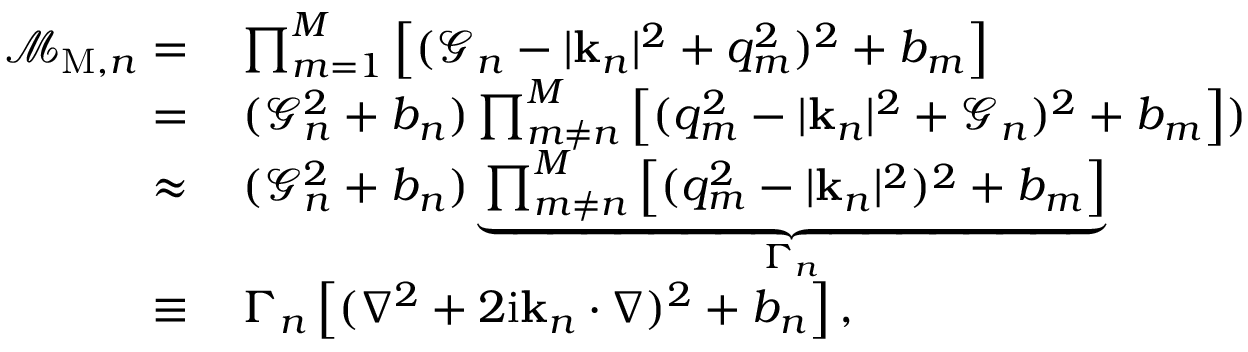
\begin{array} { r l } { \mathcal { M } _ { \mathrm { M } , n } = } & { { } \prod _ { m = 1 } ^ { M } \left[ ( \mathcal { G } _ { n } - | \mathbf { k } _ { n } | ^ { 2 } + q _ { m } ^ { 2 } ) ^ { 2 } + b _ { m } \right] } \\ { = } & { { } \, ( \mathcal { G } _ { n } ^ { 2 } + b _ { n } ) \prod _ { m \neq n } ^ { M } \left[ ( q _ { m } ^ { 2 } - | \mathbf { k } _ { n } | ^ { 2 } + \mathcal { G } _ { n } ) ^ { 2 } + b _ { m } \right] ) } \\ { \approx } & { { } \, ( \mathcal { G } _ { n } ^ { 2 } + b _ { n } ) \underbrace { \prod _ { m \neq n } ^ { M } \left[ ( q _ { m } ^ { 2 } - | \mathbf { k } _ { n } | ^ { 2 } ) ^ { 2 } + b _ { m } \right] } _ { \Gamma _ { n } } } \\ { \equiv } & { { } \, \Gamma _ { n } \left[ ( \nabla ^ { 2 } + 2 \mathrm { i } \mathbf { k } _ { n } \cdot \nabla ) ^ { 2 } + b _ { n } \right] , } \end{array}